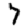
Digit: 7